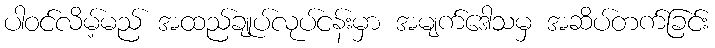
ပါဝင်လိမ့်မည် အထည်ချုပ်လုပ်ငန်းမှာ အမျက်ဒေါသမှ အဆိပ်တက်ခြင်း